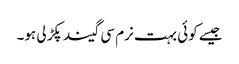
جیسے کوئی بہت نرم سی گیند پکڑ لی ہو۔